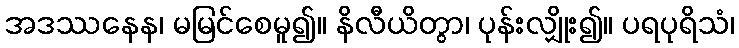
အဒဿနေန၊ မမြင်စေမူ၍။ နိလီယိတွာ၊ ပုန်းလျှိုး၍။ ပရပုရိသံ၊